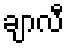
ချာလီ